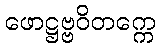
ဖောဋ္ဌဗ္ဗဝိတက္ကေ